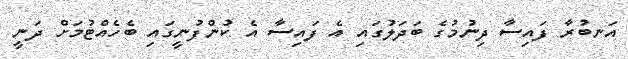
އަނބުރާ ފައިސާ ދިނުމުގެ ބަދަލުގައި އެ ފައިސާ އެ ކުންފުނީގައި ބެހެއްޓުމަށް ދަނީ